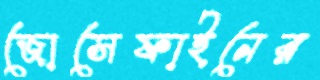
জোসেফাইনের